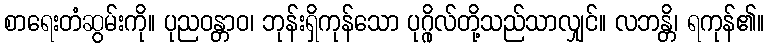
စာရေးတံဆွမ်းကို။ ပုညဝန္တာဝ၊ ဘုန်းရှိကုန်သော ပုဂ္ဂိုလ်တို့သည်သာလျှင်။ လဘန္တိ၊ ရကုန်၏။